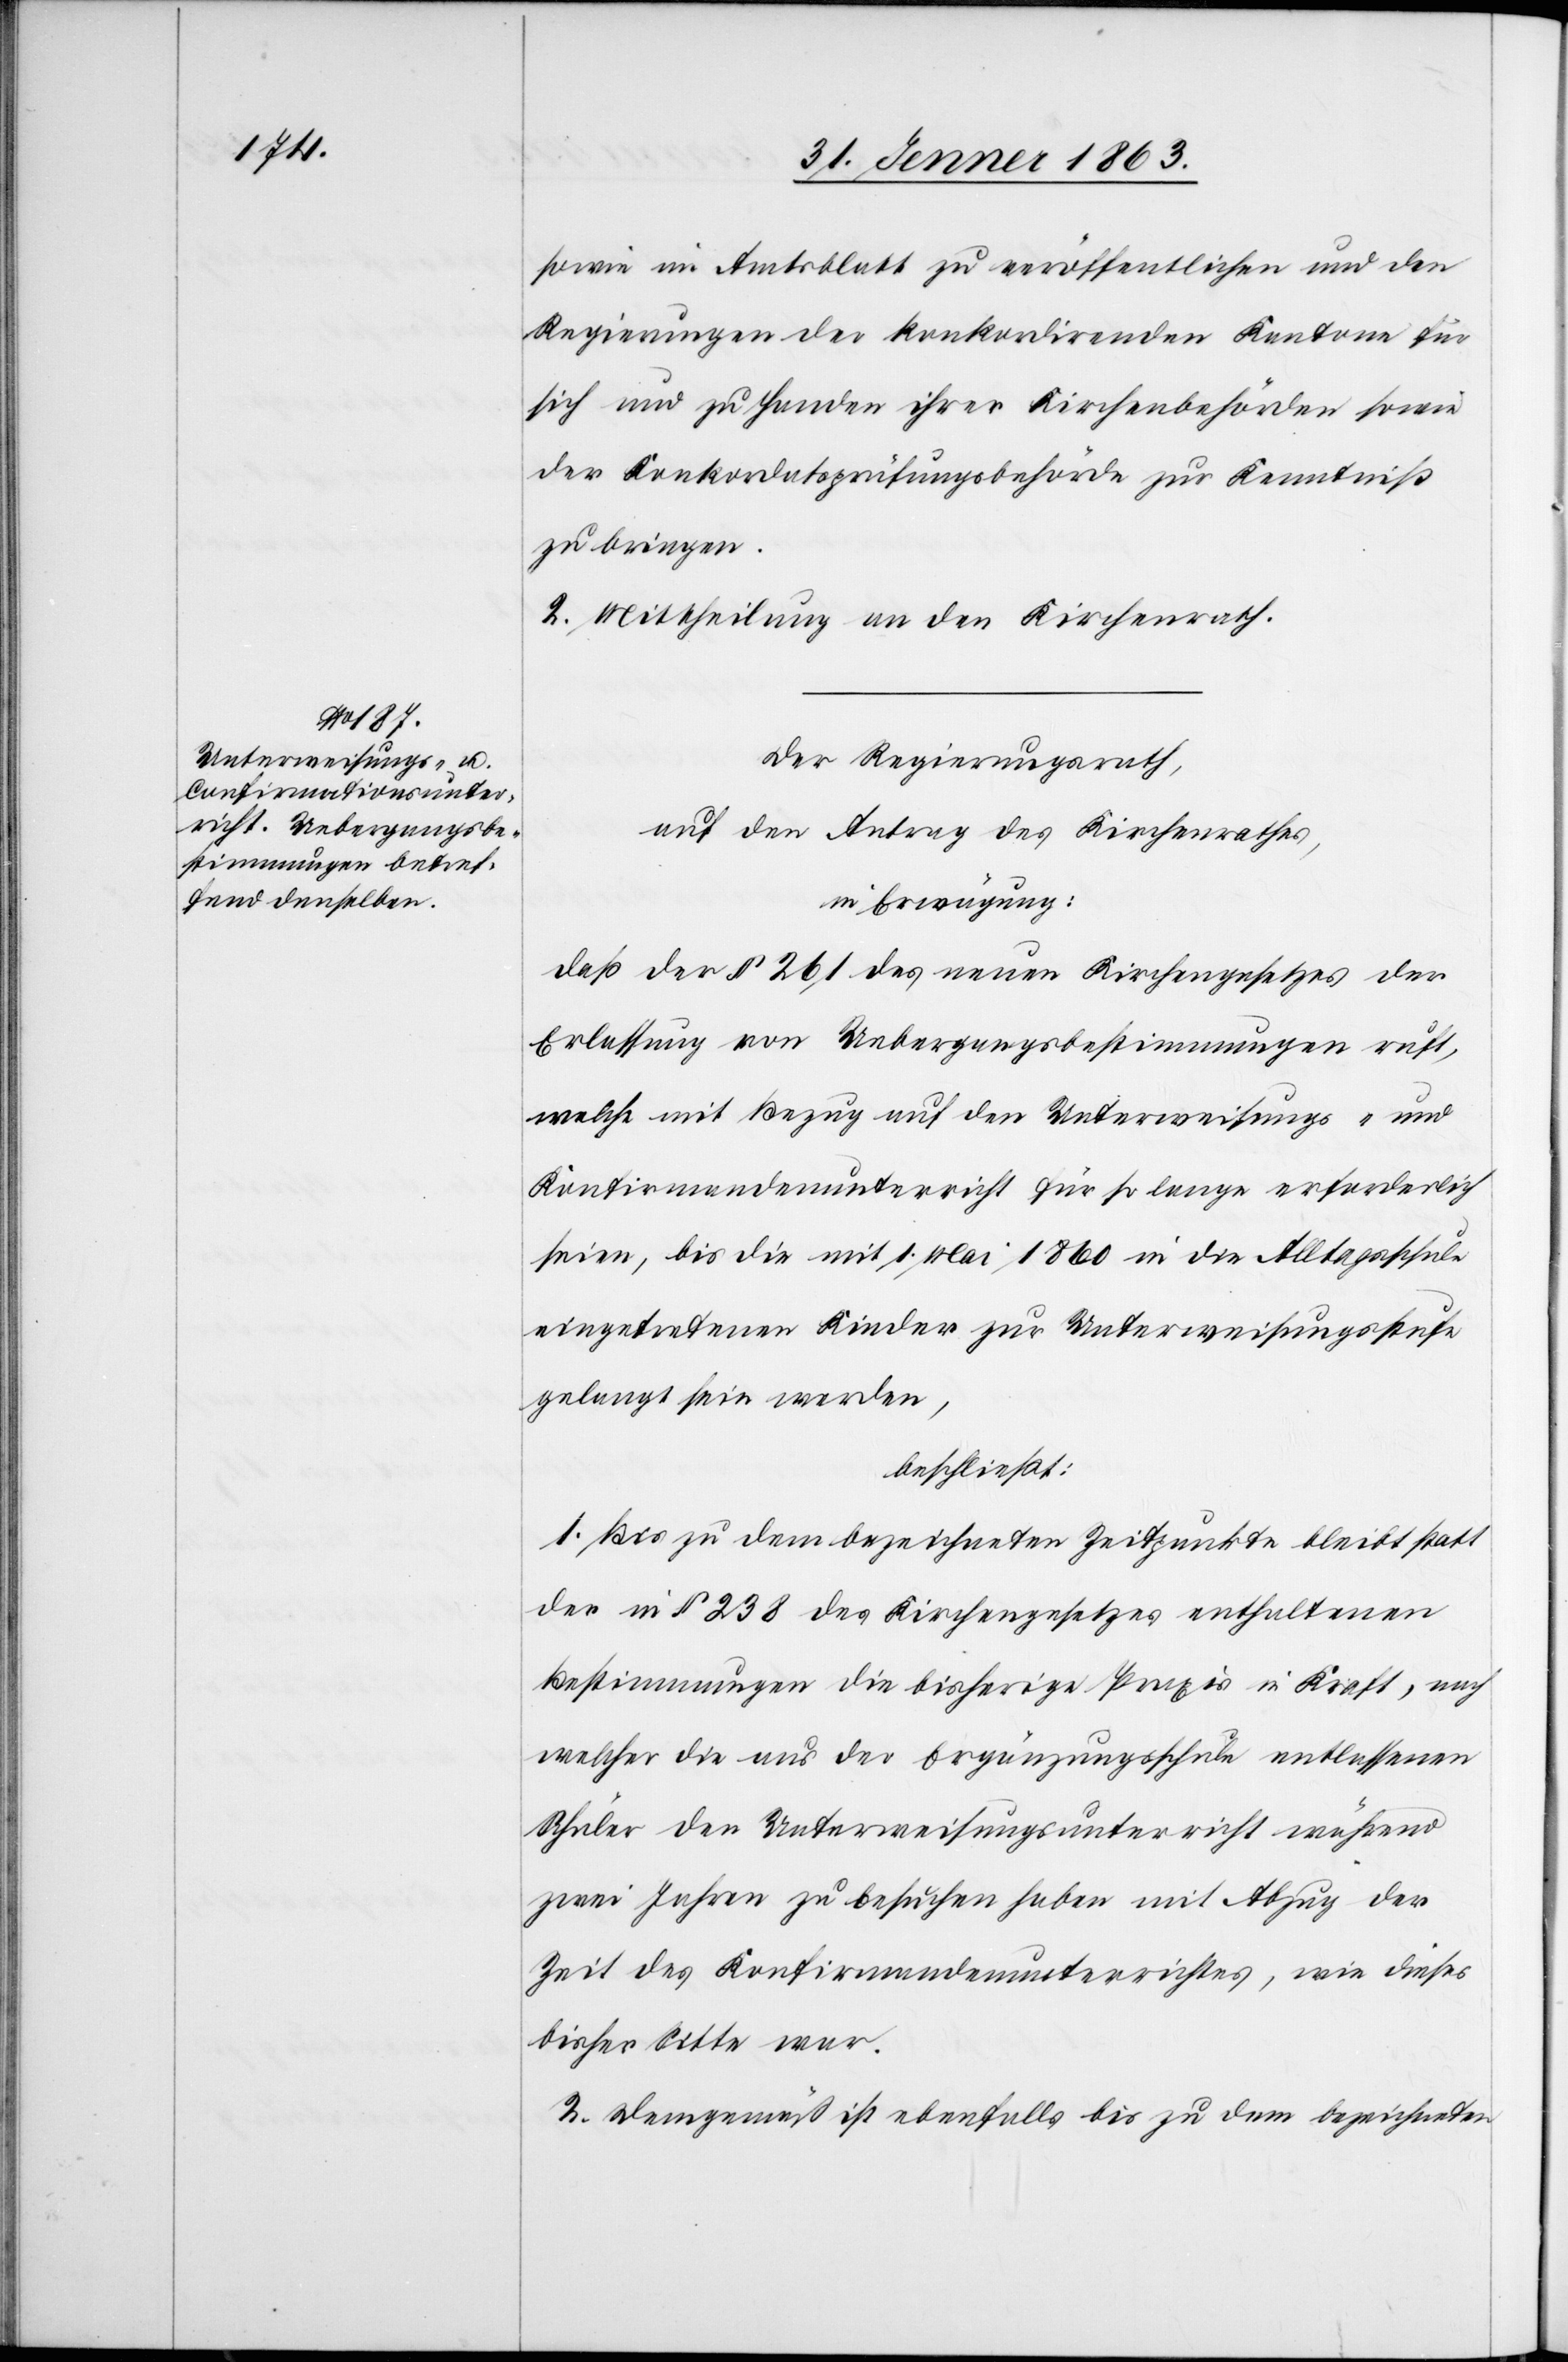
sowie im Amtsblatt zu veröffentlichen und den
Regierungen der konkordirenden Kantone für
sich und zu Handen ihrer Kirchenbehörden sowie
der Konkordatsprüfungsbehörde zur Kenntniß
zu bringen.
2. Mittheilung an den Kirchenrath.
Der Regierungsrath,
auf den Antrag des Kirchenrathes,
in Erwägung:
daß der § 261 des neuen Kirchengesetzes der
Erlassung von Uebergangsbestimmungen ruft,
welche mit Bezug auf den Unterweisungs- und
Konfirmandenunterricht für so lange erforderlich
seien, bis die mit 1. Mai 1860 in die Alltagsschule
eingetretenen Kinder zur Unterweisungsstufe
gelangt sein werden,
beschließt:
1. Bis zu dem bezeichneten Zeitpunkte bleibt statt
der in § 238 des Kirchengesetzes enthaltenen
Bestimmungen die bisherige Praxis in Kraft, nach
welcher die aus der Ergänzungsschule entlassenen
Schüler den Unterweisungsunterricht während
zwei Jahren zu besuchen haben mit Abzug der
Zeit des Konfirmandenunterrichtes, wie dieses
bisher Sitte war.
2. Demgemäß ist ebenfalls bis zu dem bezeichneten